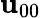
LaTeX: {\mathbf{u}}_{00}